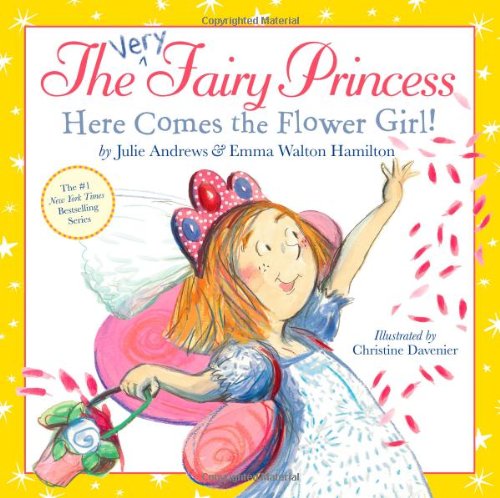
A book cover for The Very Fairy Princess: Here Comes the Flower Girl!; Julie Andrews; Children's Books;